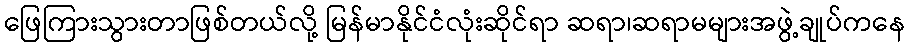
ဖြေကြားသွားတာဖြစ်တယ်လို့ မြန်မာနိုင်ငံလုံးဆိုင်ရာ ဆရာ၊ဆရာမများအဖွဲ့ချုပ်ကနေ